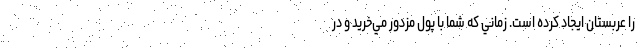
را عربستان ايجاد كرده است. زماني كه شما با پول مزدور مي‌خريد و در